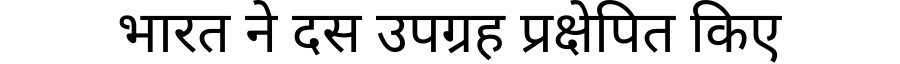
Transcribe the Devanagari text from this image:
भारत ने दस उपग्रह प्रक्षेपित किए